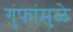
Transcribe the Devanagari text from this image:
गुंफांमुळे